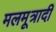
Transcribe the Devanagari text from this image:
मलमूत्रादी